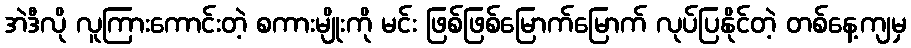
အဲဒီလို လူကြားကောင်းတဲ့ စကားမျိုးကို မင်း ဖြစ်ဖြစ်မြောက်မြောက် လုပ်ပြနိုင်တဲ့ တစ်နေ့ကျမှ